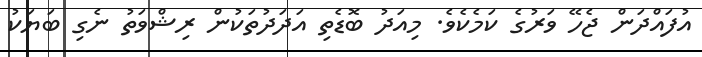
އުފައްދަން ޖެހޭ ވަރުގެ ކަމެކެވެ. މިއަދު ބޮޑެތި އަދަދުތަކުން ރިޝްވަތު ނެގި ބަޔަކު